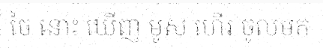
ចៃ នោះ ឃើញ មូស ហើរ ចូលមក